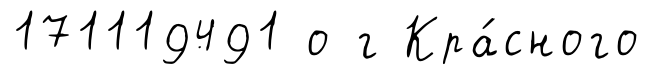
171119491 о г Кра́сного